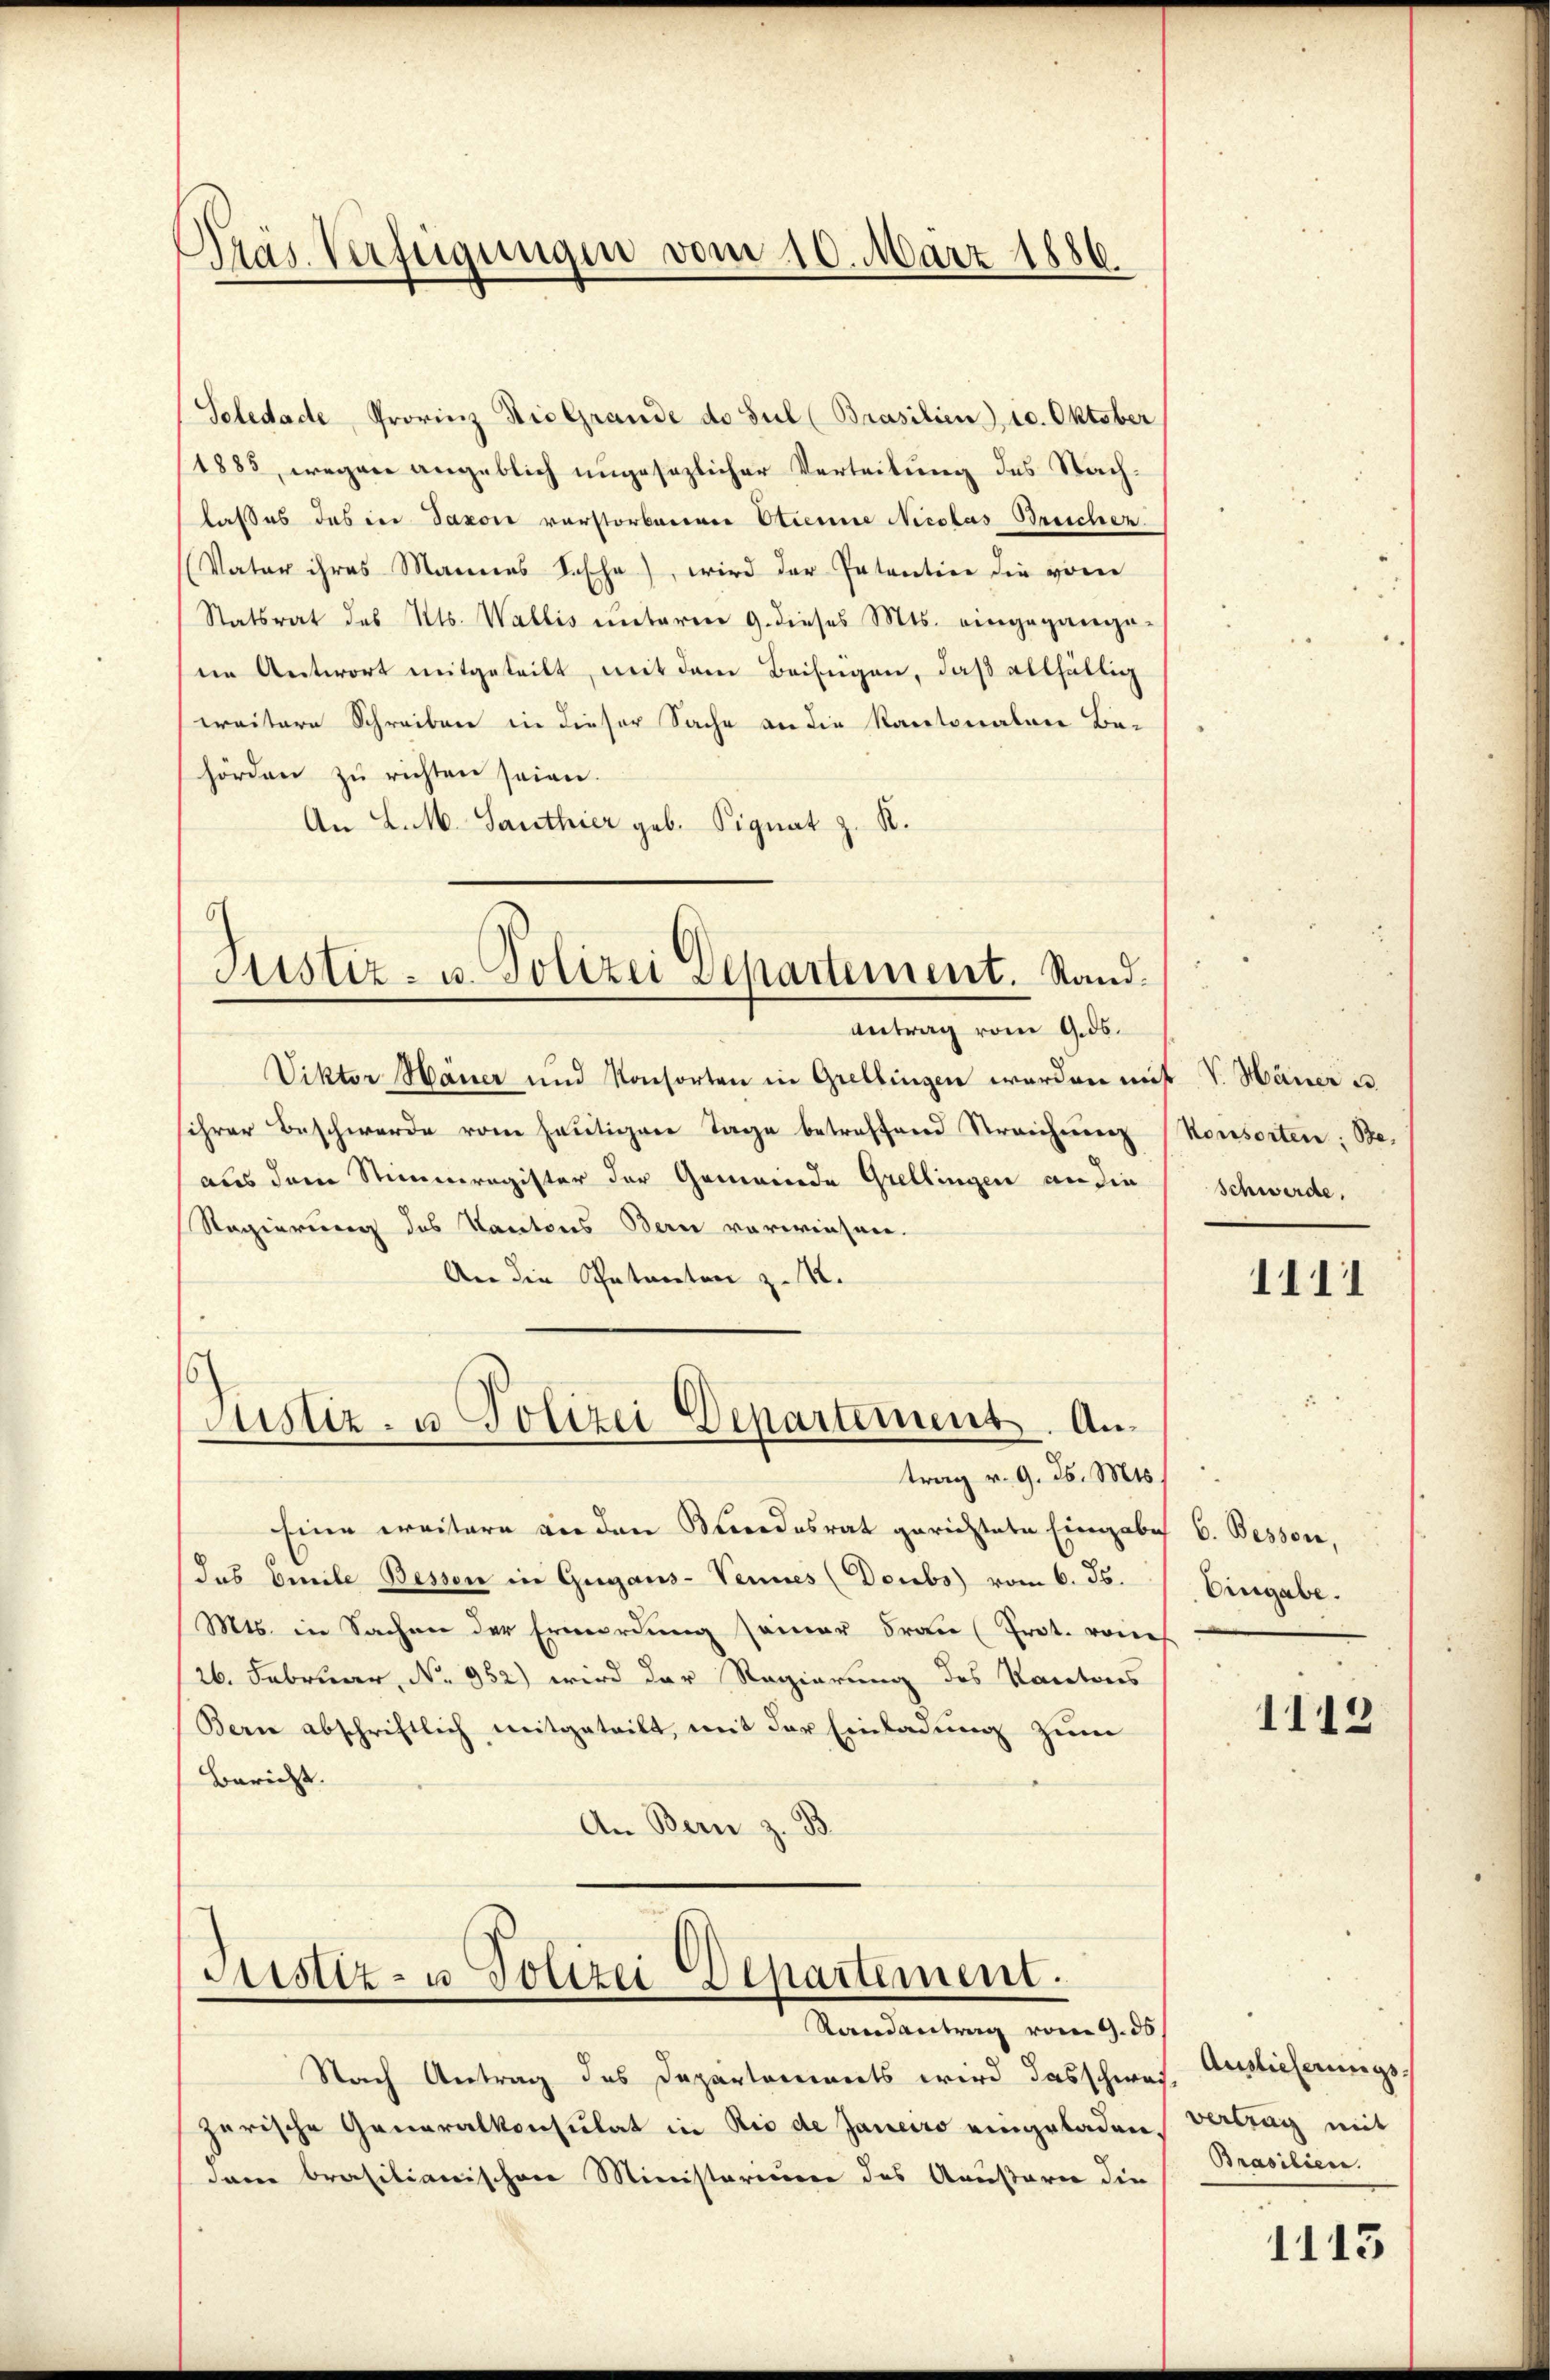
Präs. Verfügungen vom 10. März 1886.

Seledade, Provinz die Grande de sul (Brasilien), 10. Oktober
1885, wegen angeblich ungesezlicher Verteilung des Nachlaßes das in Saxon verstorbenen Etienne Nicolas Breicher
Vater ihres Mannes L. Ehe), wird der Patention die von
Statsrat des Kts. Wallis unterm 9. dieses Mts. eingegange-
ne Antwort mitgeteilt, mit dem Beifügen, daß allfällig
weitere Schreiben in dieser Sache an die Kantonalere Be-
hörden zu richten seien.
An L. M. Santhier geb. Signat z. R.

Antrag vom 9. ds.
Viktor Hauer und Konsorten in Grellingen werden mit V. Hauer u.
sihrer Beschwerde vom heutigere Tage betreffend Streichnung
aus dem Stimmregister der Gemeinde Grellingen an die
Regierung des Kantons Bern vorwiesen.
An die Patenten z. B.

Ristiz- u. Polizei Departement. Stand.

Justiz- u Polizei Departement. An¬

trag v. 9. d. Mts.
Eine weitere an den Bundesrat gerichtete Eingabe
das Beeile Bessen in Gugaus-Vennes (Doubs vom 6. ds.
Mts. in Sachen der Ermordung seiner Frau Prot. von
26. Februar, No 952) wird der Regierung des Kantons
Bern abschriftlich mitgeteilt, mit der Einladung zum
Bericht.
An Bern z. B.

Justiz- u Polizei Departement.
Randantrag vom 9. ds

Nach Antrag des Departements wird das schwarzerische Generalkonsulat in Rio de Janeiro eingeladen,
dann brasilianischen Ministeriumer des Aeußarie die

Konsorten: Be¬
Schwerde.

1111

6. Bessen,
Eingabe.

1113

Auslieferungsvertrag mit
Brasilien.

1115